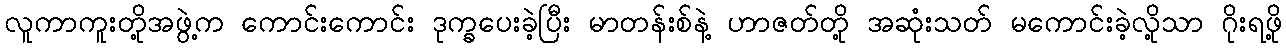
လူကာကူးတို့အဖွဲ့က ကောင်းကောင်း ဒုက္ခပေးခဲ့ပြီး မာတန်းစ်နဲ့ ဟာဇတ်တို့ အဆုံးသတ် မကောင်းခဲ့လို့သာ ဂိုးရဖို့